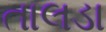
તાલડા